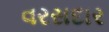
વરસદાર